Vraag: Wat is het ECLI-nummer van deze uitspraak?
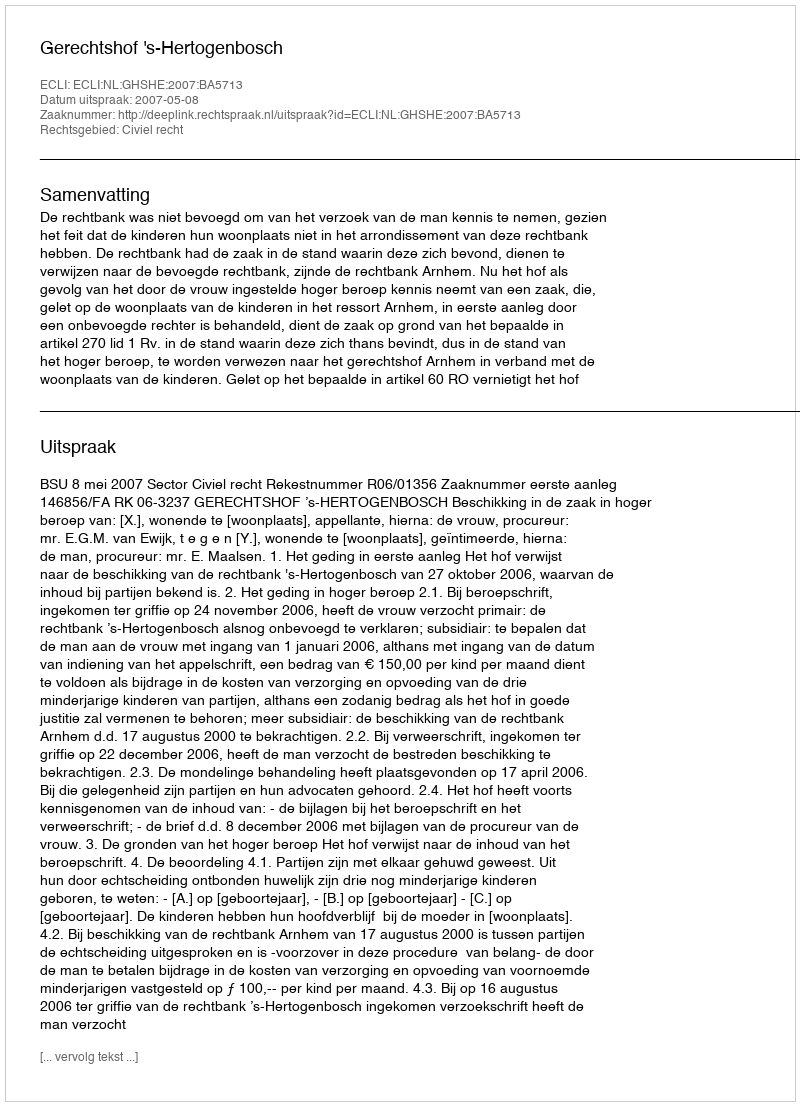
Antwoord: ECLI:NL:GHSHE:2007:BA5713